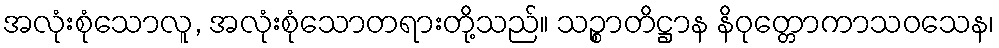
အလုံးစုံသောလူ, အလုံးစုံသောတရားတို့သည်။ သဉ္စာတိဋ္ဌာန နိဝုတ္တောကာသဝသေန၊